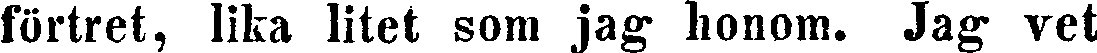
förtret, lika litet som jag honom. Jag vet